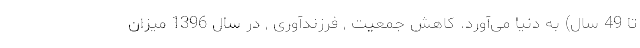
تا 49 سال) به دنیا می‌آورد. کاهش جمعیت , فرزندآوری , در سال 1396 میزان